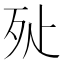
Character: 㱜